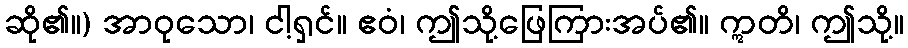
ဆို၏။) အာဝုသော၊ ငါ့ရှင်။ ဧဝံ၊ ဤသို့ဖြေကြားအပ်၏။ ဣတိ၊ ဤသို့။